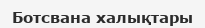
Ботсвана халықтары